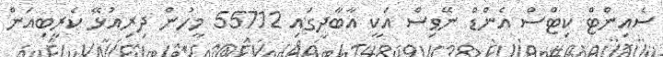
ސެއިންޓް ކިޓްސް އެންޑް ނޭވިސް އަކީ އާބާދީގައި 55712 މީހުން ދިރިއުޅޭ ކެރީބިއަން